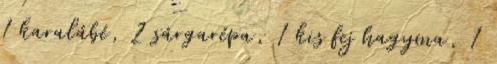
1 karalábé, 2 sárgarépa, 1 kis fej hagyma, 1